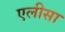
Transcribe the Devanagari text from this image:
एलीसा